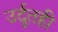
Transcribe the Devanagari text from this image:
उर्दूतही